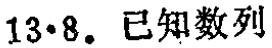
$13\cdot8.\ 已知数列$